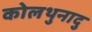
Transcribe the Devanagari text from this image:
कोलथुनादु